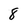
Character: 8